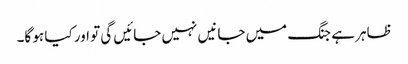
ظاہر ہے جنگ میں جانیں نہیں جائیں گی تو اور کیا ہو گا۔